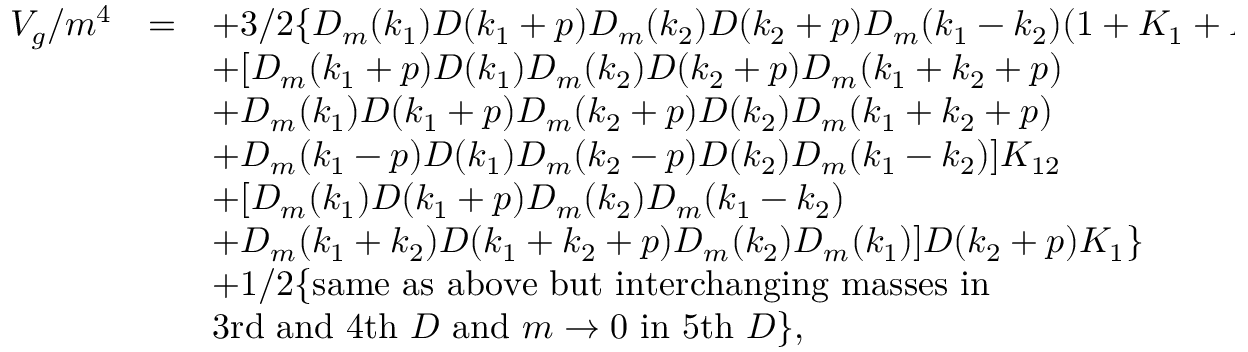
\begin{array} { r c l } { { V _ { g } / m ^ { 4 } } } & { { = } } & { { \displaystyle + 3 / 2 \{ D _ { m } ( k _ { 1 } ) D ( k _ { 1 } + p ) D _ { m } ( k _ { 2 } ) D ( k _ { 2 } + p ) D _ { m } ( k _ { 1 } - k _ { 2 } ) ( 1 + K _ { 1 } + K _ { 1 2 } ) } } \\ { { } } & { { } } & { { \displaystyle + [ D _ { m } ( k _ { 1 } + p ) D ( k _ { 1 } ) D _ { m } ( k _ { 2 } ) D ( k _ { 2 } + p ) D _ { m } ( k _ { 1 } + k _ { 2 } + p ) } } \\ { { } } & { { } } & { { \displaystyle + D _ { m } ( k _ { 1 } ) D ( k _ { 1 } + p ) D _ { m } ( k _ { 2 } + p ) D ( k _ { 2 } ) D _ { m } ( k _ { 1 } + k _ { 2 } + p ) } } \\ { { } } & { { } } & { { \displaystyle + D _ { m } ( k _ { 1 } - p ) D ( k _ { 1 } ) D _ { m } ( k _ { 2 } - p ) D ( k _ { 2 } ) D _ { m } ( k _ { 1 } - k _ { 2 } ) ] K _ { 1 2 } } } \\ { { } } & { { } } & { { \displaystyle + [ D _ { m } ( k _ { 1 } ) D ( k _ { 1 } + p ) D _ { m } ( k _ { 2 } ) D _ { m } ( k _ { 1 } - k _ { 2 } ) } } \\ { { } } & { { } } & { { \displaystyle + D _ { m } ( k _ { 1 } + k _ { 2 } ) D ( k _ { 1 } + k _ { 2 } + p ) D _ { m } ( k _ { 2 } ) D _ { m } ( k _ { 1 } ) ] D ( k _ { 2 } + p ) K _ { 1 } \} } } \\ { { } } & { { } } & { { \displaystyle + 1 / 2 \{ \mathrm { s a m e ~ a s ~ a b o v e ~ b u t ~ i n t e r c h a n g i n g ~ m a s s e s ~ i n ~ } } } \\ { { } } & { { } } & { { \displaystyle \mathrm { 3 r d ~ a n d ~ 4 t h ~ } D \mathrm { ~ a n d ~ } m \to 0 \mathrm { ~ i n ~ 5 t h ~ } D \} , } } \end{array}